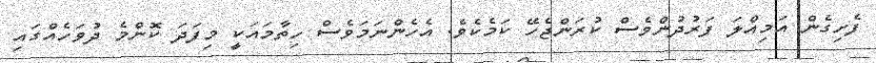
ފެށިގެން އަމިއްލަ ފަރުދުންވެސް ކުރަންޖެހޭ ކަމެކެވެ. އެހެންނަމަވެސް ހިތާމައަކީ މިފަދަ ކޮންމެ ދުވަހެއްގައި